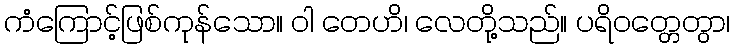
ကံကြောင့်ဖြစ်ကုန်သော။ ဝါ တေဟိ၊ လေတို့သည်။ ပရိဝတ္တေတွာ၊